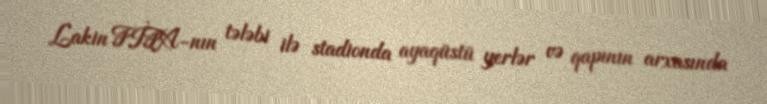
Lakin FİFA-nın tələbi ilə stadionda ayaqüstü yerlər və qapının arxasında